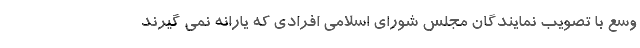
وسع با تصویب نمایندگان مجلس شورای اسلامی افرادی که یارانه نمی گیرند